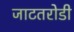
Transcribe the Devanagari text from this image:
जाटतरोडी